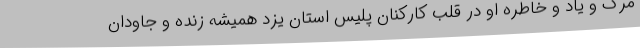
مرگ و یاد و خاطره او در قلب کارکنان پلیس استان یزد همیشه زنده و جاودان